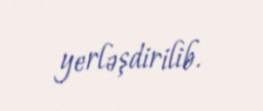
yerləşdirilib.